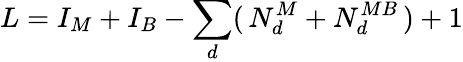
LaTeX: L=I_{M}+I_{B}-\sum_{d}(\, N_{d}^{M}+N_{d}^{MB}\, )+1